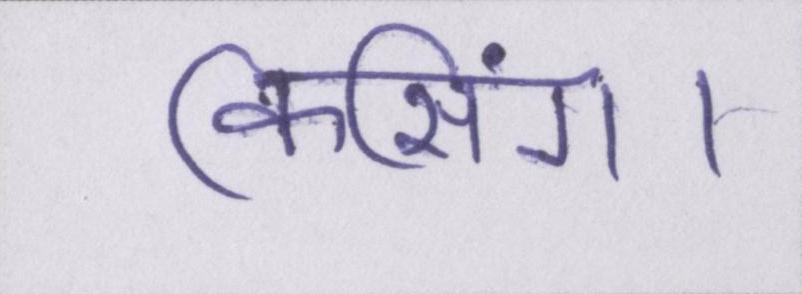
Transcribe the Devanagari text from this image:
किसिंग